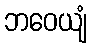
ဘဝေယျံ